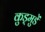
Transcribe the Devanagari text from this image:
कुड्मुडें